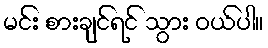
မင်း စားချင်ရင် သွား ဝယ်ပါ။